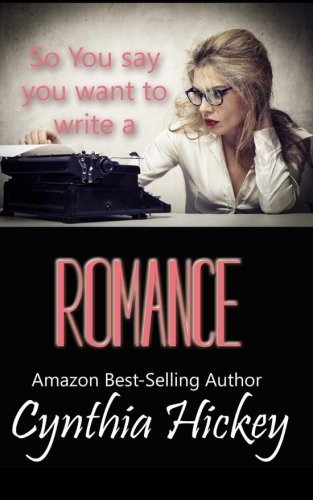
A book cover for So You Say You Want to Write a Romance: Helps and tips to get you started on your writing journey (So you think you want to write); Cynthia Hickey; Romance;